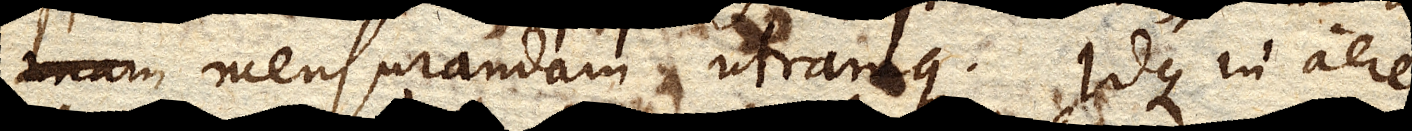
mensurandam utramque. Idque in aere